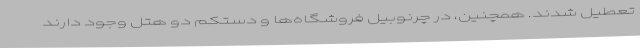
تعطیل شدند. همچنین، در چرنوبیل فروشگاه‌ها و دستکم دو هتل وجود دارند